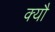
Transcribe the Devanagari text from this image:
क्यौ